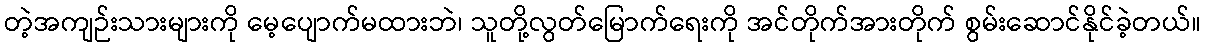
တဲ့အကျဉ်းသားများကို မေ့ပျောက်မထားဘဲ၊ သူတို့လွတ်မြောက်ရေးကို အင်တိုက်အားတိုက် စွမ်းဆောင်နိုင်ခဲ့တယ်။